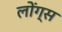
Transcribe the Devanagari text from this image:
लोंग्स